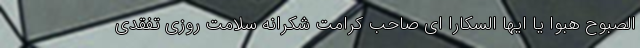
الصبوح هبوا یا ایها السکارا ای صاحب کرامت شکرانه سلامت روزی تفقدی